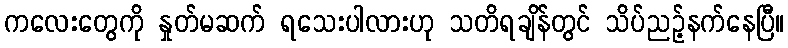
ကလေးတွေကို နှုတ်မဆက် ရသေးပါလားဟု သတိရချိန်တွင် သိပ်ညဉ့်နက်နေပြီ။